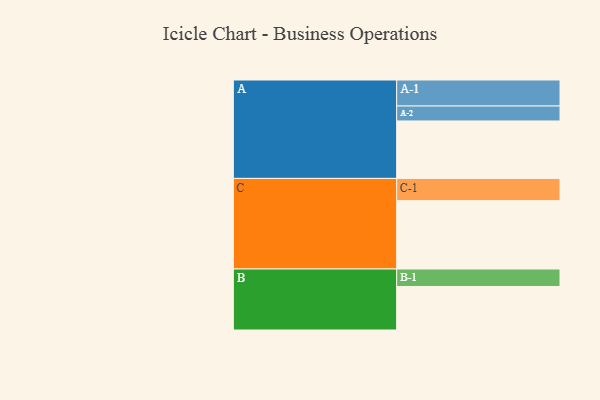
{"axis": {"x": "Segment", "y": "Value"}, "legend": ["", "A", "B", "C"], "data": [{"x": "A", "y": 499, "type": ""}, {"x": "B", "y": 378, "type": ""}, {"x": "C", "y": 594, "type": ""}, {"x": "A-1", "y": 226, "type": "A"}, {"x": "A-2", "y": 130, "type": "A"}, {"x": "B-1", "y": 152, "type": "B"}, {"x": "C-1", "y": 193, "type": "C"}]}